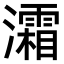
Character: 灀